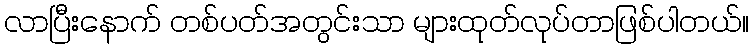
လာပြီးနောက် တစ်ပတ်အတွင်းသာ များထုတ်လုပ်တာဖြစ်ပါတယ်။